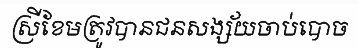
ស្រីខែមត្រូវបានជនសង្ស័យចាប់បោច